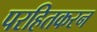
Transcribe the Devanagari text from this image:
परहितकरन